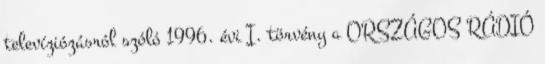
televíziózásról szóló 1996. évi I. törvény a ORSZÁGOS RÁDIÓ